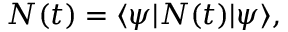
{ \cal N } ( t ) = \langle \psi | N ( t ) | \psi \rangle ,